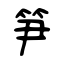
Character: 笋